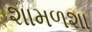
શામળશા